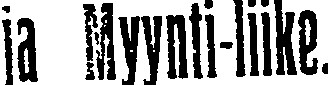
ja Myynti-liike.